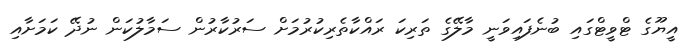
އީޔޫގެ ޓްވީޓްގައި ބުނެފައިވަނީ މާލޭގެ ތަރިކަ ރައްކާތެރިކުރުމަށް ސަރުކާރުން ސަމާލުކަން ނުދޭ ކަމަށާއި